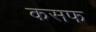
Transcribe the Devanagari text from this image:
कसफ